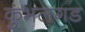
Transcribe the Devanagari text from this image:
कुंभलगड